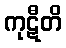
ကုဋီတိ